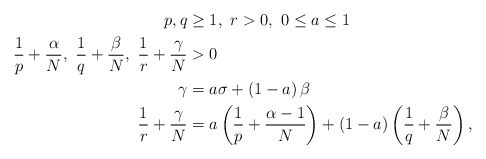
\begin{align*}p,q & \geq1,~r>0,~0\leq a\leq1\\\frac{1}{p}+\frac{\alpha}{N},~\frac{1}{q}+\frac{\beta}{N},~\frac{1}{r}+\frac{\gamma}{N} & >0\\\gamma & =a\sigma+\left( 1-a\right) \beta\\\frac{1}{r}+\frac{\gamma}{N} & =a\left( \frac{1}{p}+\frac{\alpha-1}{N}\right) +(1-a)\left( \frac{1}{q}+\frac{\beta}{N}\right) ,\end{align*}